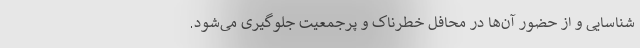
شناسایی و از حضور آن‌ها در محافل خطرناک و پرجمعیت جلوگیری می‌شود.